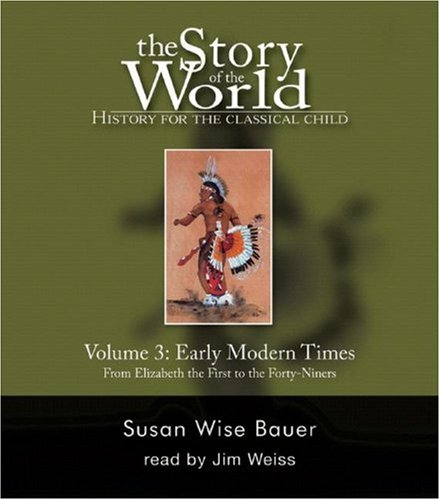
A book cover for The Story of the World: History for the Classical Child, Vol. 3: Early Modern Times, 2nd Edition (9 CDs); Susan Wise Bauer; Education & Teaching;